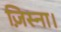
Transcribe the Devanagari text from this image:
ज़िस्ना।